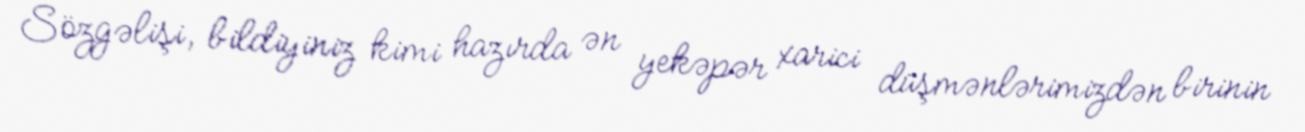
Sözgəlişi, bildiyiniz kimi hazırda ən yekəpər xarici düşmənlərimizdən birinin